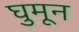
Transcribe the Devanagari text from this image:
घुमून